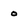
Character: o